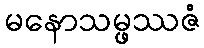
မနောသမ္ဖဿဇံ